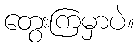
တွေးကြမှာပဲ။